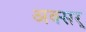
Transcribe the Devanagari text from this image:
अक्सर्